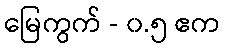
မြေကွက် - ၀.၅ ဧက